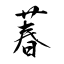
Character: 萶